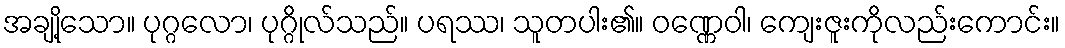
အချို့သော။ ပုဂ္ဂလော၊ ပုဂ္ဂိုလ်သည်။ ပရဿ၊ သူတပါး၏။ ဝဏ္ဏေဝါ၊ ကျေးဇူးကိုလည်းကောင်း။